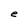
Character: e